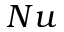
N u